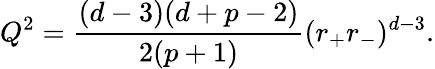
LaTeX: Q^{2}=\frac{(d-3)(d+p-2)}{2(p+1)}(r_{+}r_{-})^{d-3}.